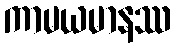
ကာမယမာနဿ